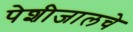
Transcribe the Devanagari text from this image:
पेशीजालचे